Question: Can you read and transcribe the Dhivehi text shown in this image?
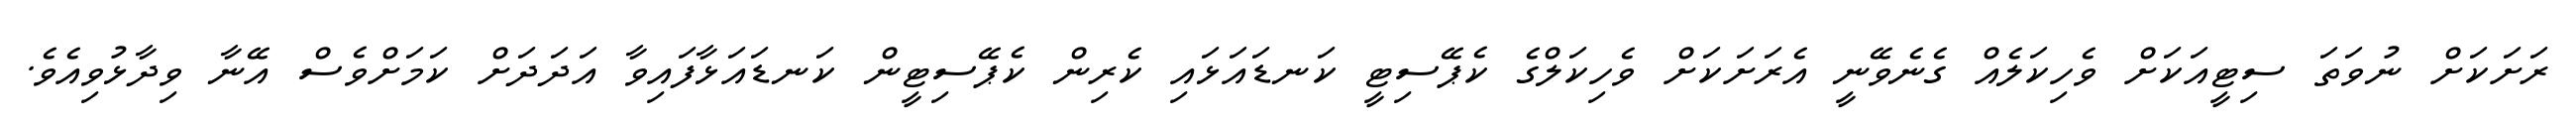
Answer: ރަށަކަށް ނުވަތަ ސިޓީއަކަށް ވެހިކަލެއް ގެނެވޭނީ އެރަށަކަށް ވެހިކަލްގެ ކެޕޭސިޓީ ކަނޑައަޅައި ކެރިން ކެޕޭސިޓީން ކަނޑައަޅާފައިވާ އަދަދަށް ކަމަށްވެސް އޭނާ ވިދާޅުވިއެވެ.